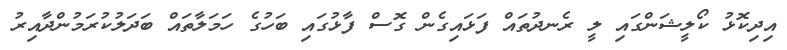
އިދިކޮޅު ކޯލީޝަންގައި ލީ ރެނދުތައް ފަޅައިގެން ގޮސް ފާޅުގައި ބަހުގެ ހަމަލާތައް ބަދަލުކުރަމުންދާއިރު